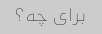
برای چه؟